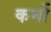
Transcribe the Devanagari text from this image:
कर्नो